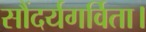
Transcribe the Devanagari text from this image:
सौंदर्यगर्विता।